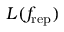
L ( f _ { \mathrm { r e p } } )